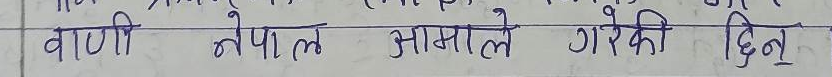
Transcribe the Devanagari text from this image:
वाणी नेपाल आमाले गरेकी दिन्